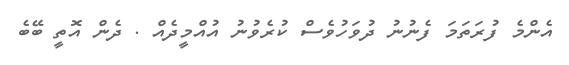
އެންމެ ފުރަތަމަ ފެނުނު ދުވަހުވެސް ކުރެވުނު އުއްމީދެއް . ދެން އޮތީ ބޭބެ